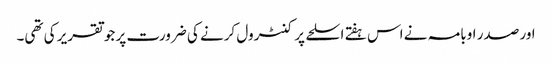
اور صدر اوبامہ نے اس ہفتے اسلحے پر کنٹرول کرنے کی ضرورت پر جو تقریر کی تھی۔